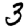
Digit: 3